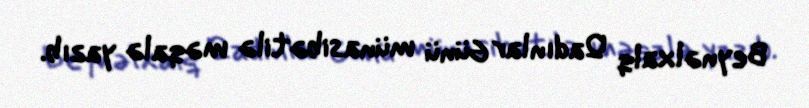
Beynəlxalq Qadınlar Günü münasibətilə məqalə yazıb.